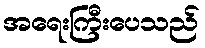
အရေးကြီးပေသည်